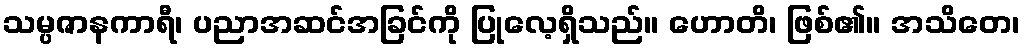
သမ္ပဇာနကာရီ၊ ပညာအဆင်အခြင်ကို ပြုလေ့ရှိသည်။ ဟောတိ၊ ဖြစ်၏။ အသိတေ၊